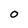
Character: 0